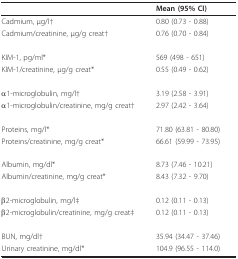
<table><thead><tr><td></td><td><b>Mean (95% CI)</b></td></tr></thead><tbody><tr><td>Cadmium, μg/l†</td><td>0.80 (0.73 - 0.88)</td></tr><tr><td>Cadmium/creatinine, μg/g creat†</td><td>0.76 (0.70 - 0.84)</td></tr><tr><td>KIM-1, pg/ml*</td><td>569 (498 - 651)</td></tr><tr><td>KIM-1/creatinine, μg/g creat*</td><td>0.55 (0.49 - 0.62)</td></tr><tr><td>α1-microglobulin, mg/l†</td><td>3.19 (2.58 - 3.91)</td></tr><tr><td>α1-microglobulin/creatinine, mg/g creat†</td><td>2.97 (2.42 - 3.64)</td></tr><tr><td>Proteins, mg/l*</td><td>71.80 (63.81 - 80.80)</td></tr><tr><td>Proteins/creatinine, mg/g creat*</td><td>66.61 (59.99 - 73.95)</td></tr><tr><td>Albumin, mg/dl*</td><td>8.73 (7.46 - 10.21)</td></tr><tr><td>Albumin/creatinine, mg/g creat*</td><td>8.43 (7.32 - 9.70)</td></tr><tr><td>β2-microglobulin, mg/l‡</td><td>0.12 (0.11 - 0.13)</td></tr><tr><td>β2-microglobulin/creatinine, mg/g creat‡</td><td>0.12 (0.11 - 0.13)</td></tr><tr><td>BUN, mg/dl†</td><td>35.94 (34.47 - 37.46)</td></tr><tr><td>Urinary creatinine, mg/dl*</td><td>104.9 (96.55 - 114.0)</td></tr></tbody></table>